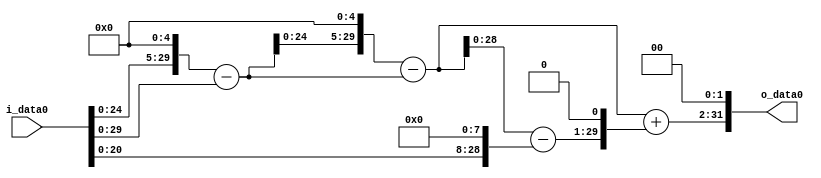
module multiplier_block (
    i_data0,
    o_data0
);

  // Port mode declarations:
  input   [31:0] i_data0;
  output  [31:0]
    o_data0;

  //Multipliers:

  wire [31:0]
    w1,
    w32,
    w31,
    w992,
    w961,
    w256,
    w705,
    w1410,
    w2371,
    w9484;

  assign w1 = i_data0;
  assign w1410 = w705 << 1;
  assign w2371 = w961 + w1410;
  assign w256 = w1 << 8;
  assign w31 = w32 - w1;
  assign w32 = w1 << 5;
  assign w705 = w961 - w256;
  assign w9484 = w2371 << 2;
  assign w961 = w992 - w31;
  assign w992 = w31 << 5;

  assign o_data0 = w9484;

  //multiplier_block area estimate = 6762.57113163236;
endmodule